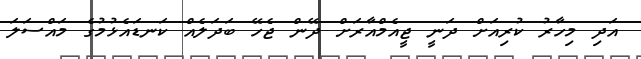
އަދި މިހާރު ކުރިއަށް ދަނީ ޖީއެމްއާރަށް ދޭން ޖެހޭ ބަދަލެއް ކަނޑައެޅުމުގެ މައްސަލަ